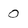
Character: 0